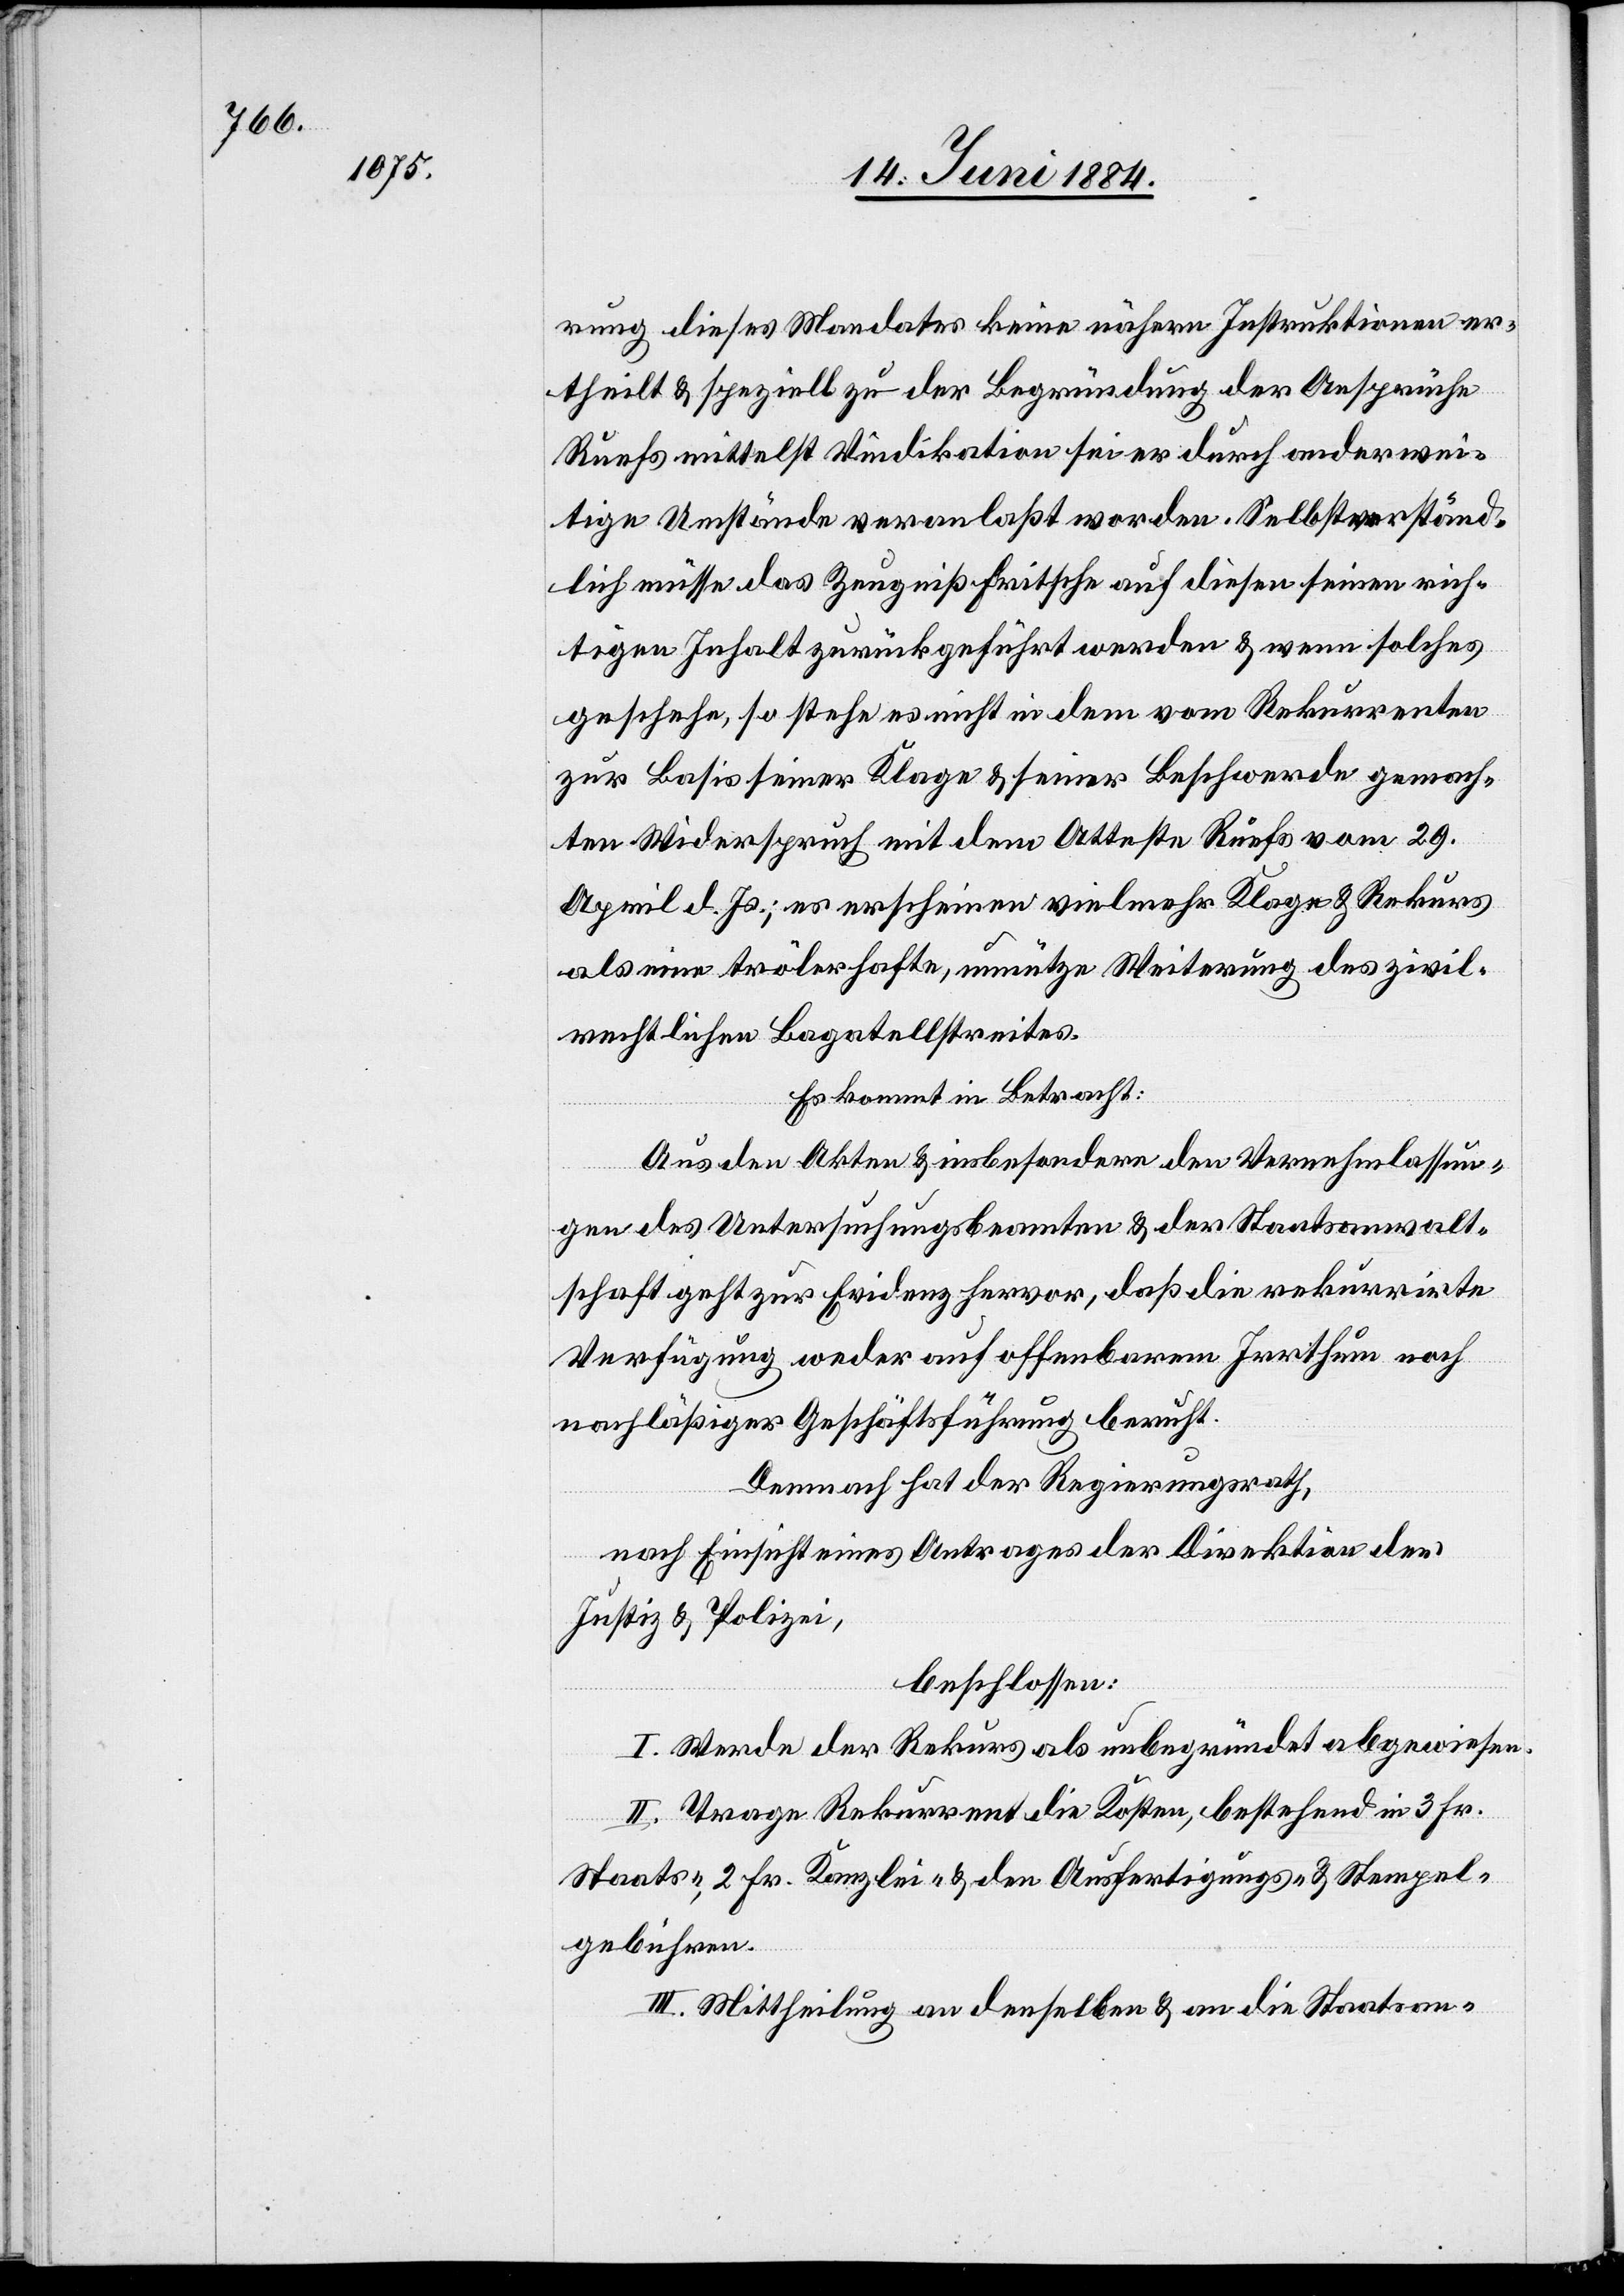
rung dieses Mandates keine nähern Instruktionen er¬
theilt & speziell zu der Begründung der Ansprüche
Ruefs mittelst Vindikation sei er durch anderwei¬
tige Umstände veranlaßt worden. Selbstverständ¬
lich müsse das Zeugniß Fritsche [sic!] auf diesen seinen rich¬
tigen Inhalt zurückgeführt werden & wenn solches
geschehe, so stehe es nicht in dem vom Rekurrenten
zur Basis seiner Klage & seiner Beschwerde gemach¬
ten Widerspruch mit dem Atteste Ruefs vom 29.
April d. Js.; es erschiene vielmehr Klage & Rekurs
als eine trölerhafte, unnütze Weiterung des zivil¬
rechtlichen Bagatellstreites.
Es kommt in Betracht:
Aus den Akten & insbesondere den Vernehmlassun¬
gen des Untersuchungsbeamten & der Staatsanwalt¬
schaft geht zur Evidenz hervor, daß die rekurrirte
Verfügung weder auf offenbarem Irrthum noch
nachläßiger Geschäftsführung beruht.
Demnach hat der Regierungsrath,
nach Einsicht eines Antrages der Direktion der
Justiz & Polizei,
beschlossen:
I. Werde der Rekurs als unbegründet abgewiesen.
II. Trage Rekurrent die Kosten, bestehend in 3 Fr.
Staats-, 2 Fr. Kanzlei- & den Ausfertigungs- & Stempel¬
gebühren.
III. Mittheilung an denselben & an die Staatsan-